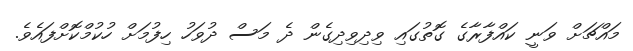
މައްޗަށް ވަނީ ކައްފާރާގެ ގޮތުގައި ވިދިވިދިގެން ދެ މަސް ދުވަހު ހިފުމަށް ހުކުމްކޮށްފައެވެ.